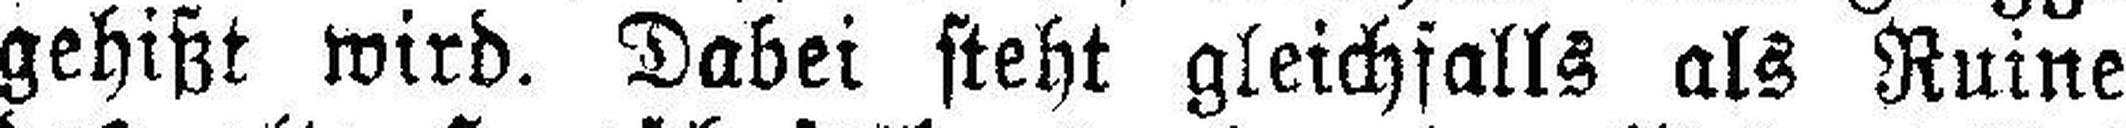
gehißt wird. Dabei steht gleichfalls als Ruine